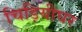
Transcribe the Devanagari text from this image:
चिड़ियीघर